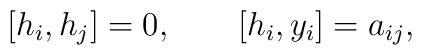
[h_i,h_j]=0,\qquad [h_i,y_i]=a_{ij},